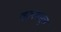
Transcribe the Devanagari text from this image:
कलमसुत्त